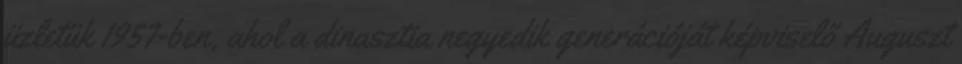
üzletük 1957-ben, ahol a dinasztia negyedik generációját képviselő Auguszt